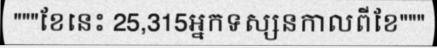
"""ខែនេះ 25,315អ្នកទស្សនកាលពីខែ"""